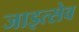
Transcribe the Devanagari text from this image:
जाइत्सेव